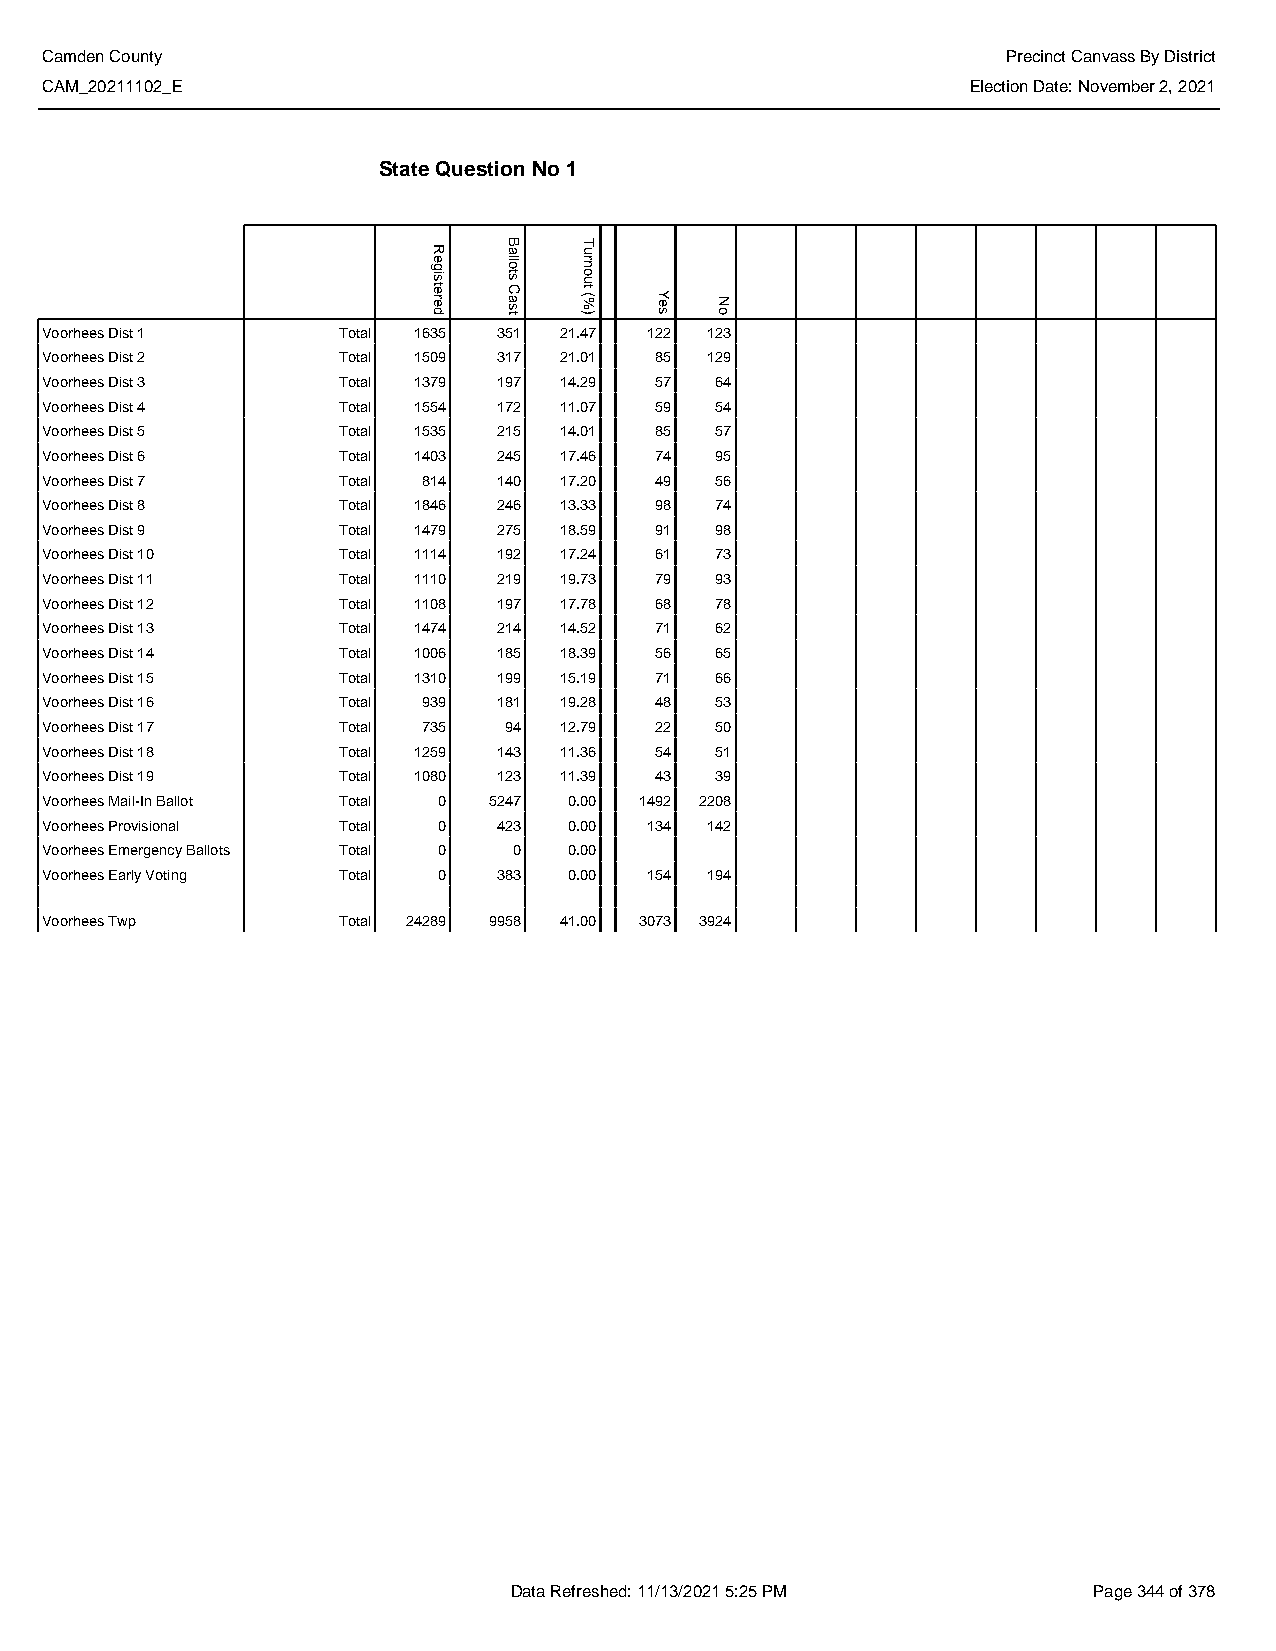
Camden County                                                   Precinct Canvass By District
 CAM_20211102_E                                               Election Date: November 2, 2021
 State Question No 1
 Voorhees Dist 1    Total 1635 351 21.47 122 123
 Voorhees Dist 2    Total 1509 317 21.01 85  129
 Voorhees Dist 3    Total 1379 197 14.29 57  64
 Voorhees Dist 4    Total 1554 172 11.07 59  54
 Voorhees Dist 5    Total 1535 215 14.01 85  57
 Voorhees Dist 6    Total 1403 245 17.46 74  95
 Voorhees Dist 7    Total 814  140 17.20 49  56
 Voorhees Dist 8    Total 1846 246 13.33 98  74
 Voorhees Dist 9    Total 1479 275 18.59 91  98
 Voorhees Dist 10   Total 1114 192 17.24 61  73
 Voorhees Dist 11   Total 1110 219 19.73 79  93
 Voorhees Dist 12   Total 1108 197 17.78 68  78
 Voorhees Dist 13   Total 1474 214 14.52 71  62
 Voorhees Dist 14   Total 1006 185 18.39 56  65
 Voorhees Dist 15   Total 1310 199 15.19 71  66
 Voorhees Dist 16   Total 939  181 19.28 48  53
 Voorhees Dist 17   Total 735  94  12.79 22  50
 Voorhees Dist 18   Total 1259 143 11.36 54  51
 Voorhees Dist 19   Total 1080 123 11.39 43  39
 Voorhees Mail-In Ballot Total 0 5247 0.00 1492 2208
 Voorhees Provisional Total 0  423  0.00 134 142
 Voorhees Emergency Ballots Total 0 0 0.00
 Voorhees Early Voting Total 0 383  0.00 154 194
 Voorhees Twp       Total 24289 9958 41.00 3073 3924
 Data Refreshed: 11/13/2021 5:25 PM    Page 344 of 378
 Registered
 Ballots
 Cast
 Turnout
 (%)  Yes No